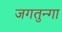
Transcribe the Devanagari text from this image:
जगतुन्गा